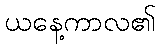
ယနေ့ကာလ၏